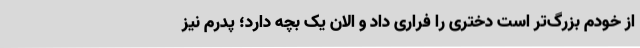
از خودم بزرگ‌تر است دختری را فراری داد و الان یک بچه دارد؛ پدرم نیز